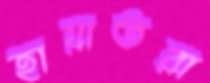
হায়াতরা